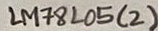
Text: LM78L05(2)